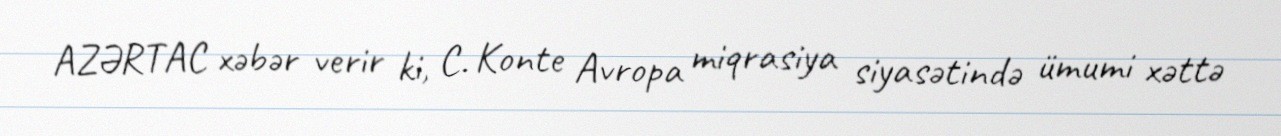
AZƏRTAC xəbər verir ki, C. Konte Avropa miqrasiya siyasətində ümumi xəttə